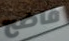
فاضح